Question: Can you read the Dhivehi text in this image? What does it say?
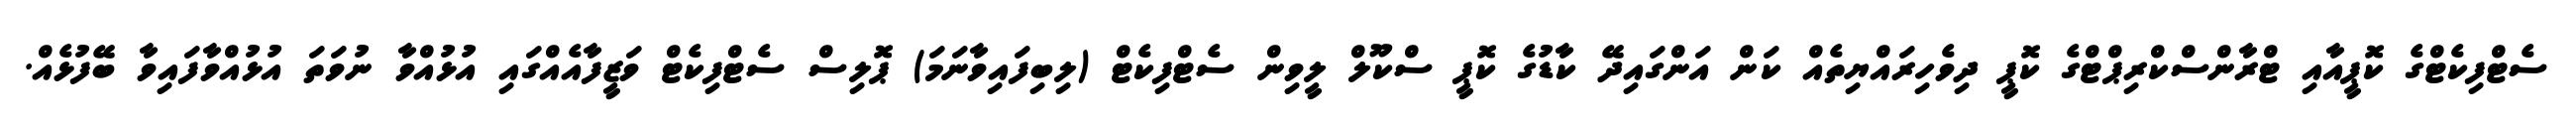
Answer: ސެޓްފިކެޓްގެ ކޮޕީއާއި ޓްރާންސްކްރިޕްޓްގެ ކޮޕީ ދިވެހިރައްޔިތެއް ކަން އަންގައިދޭ ކާޑުގެ ކޮޕީ ސްކޫލް ލީވިން ސެޓްފިކެޓް (ލިބިފައިވާނަމަ) ޕޮލިސް ސެޓްފިކެޓް ވަޒީފާއެއްގައި އުޅުއްވާ ނުވަތަ އުޅުއްވާފައިވާ ބޭފުޅެއް.